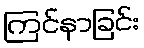
ကြင်နာခြင်း